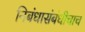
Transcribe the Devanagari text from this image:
निबंधासंबंधीचाच